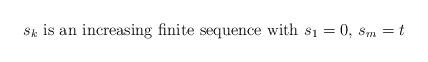
LaTeX: \begin{align*} \hbox{$s_k$ is an increasing finite sequence with $s_1=0$, $s_m=t$}\end{align*}